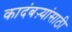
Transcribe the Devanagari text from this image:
कादंबऱ्यांसाठी